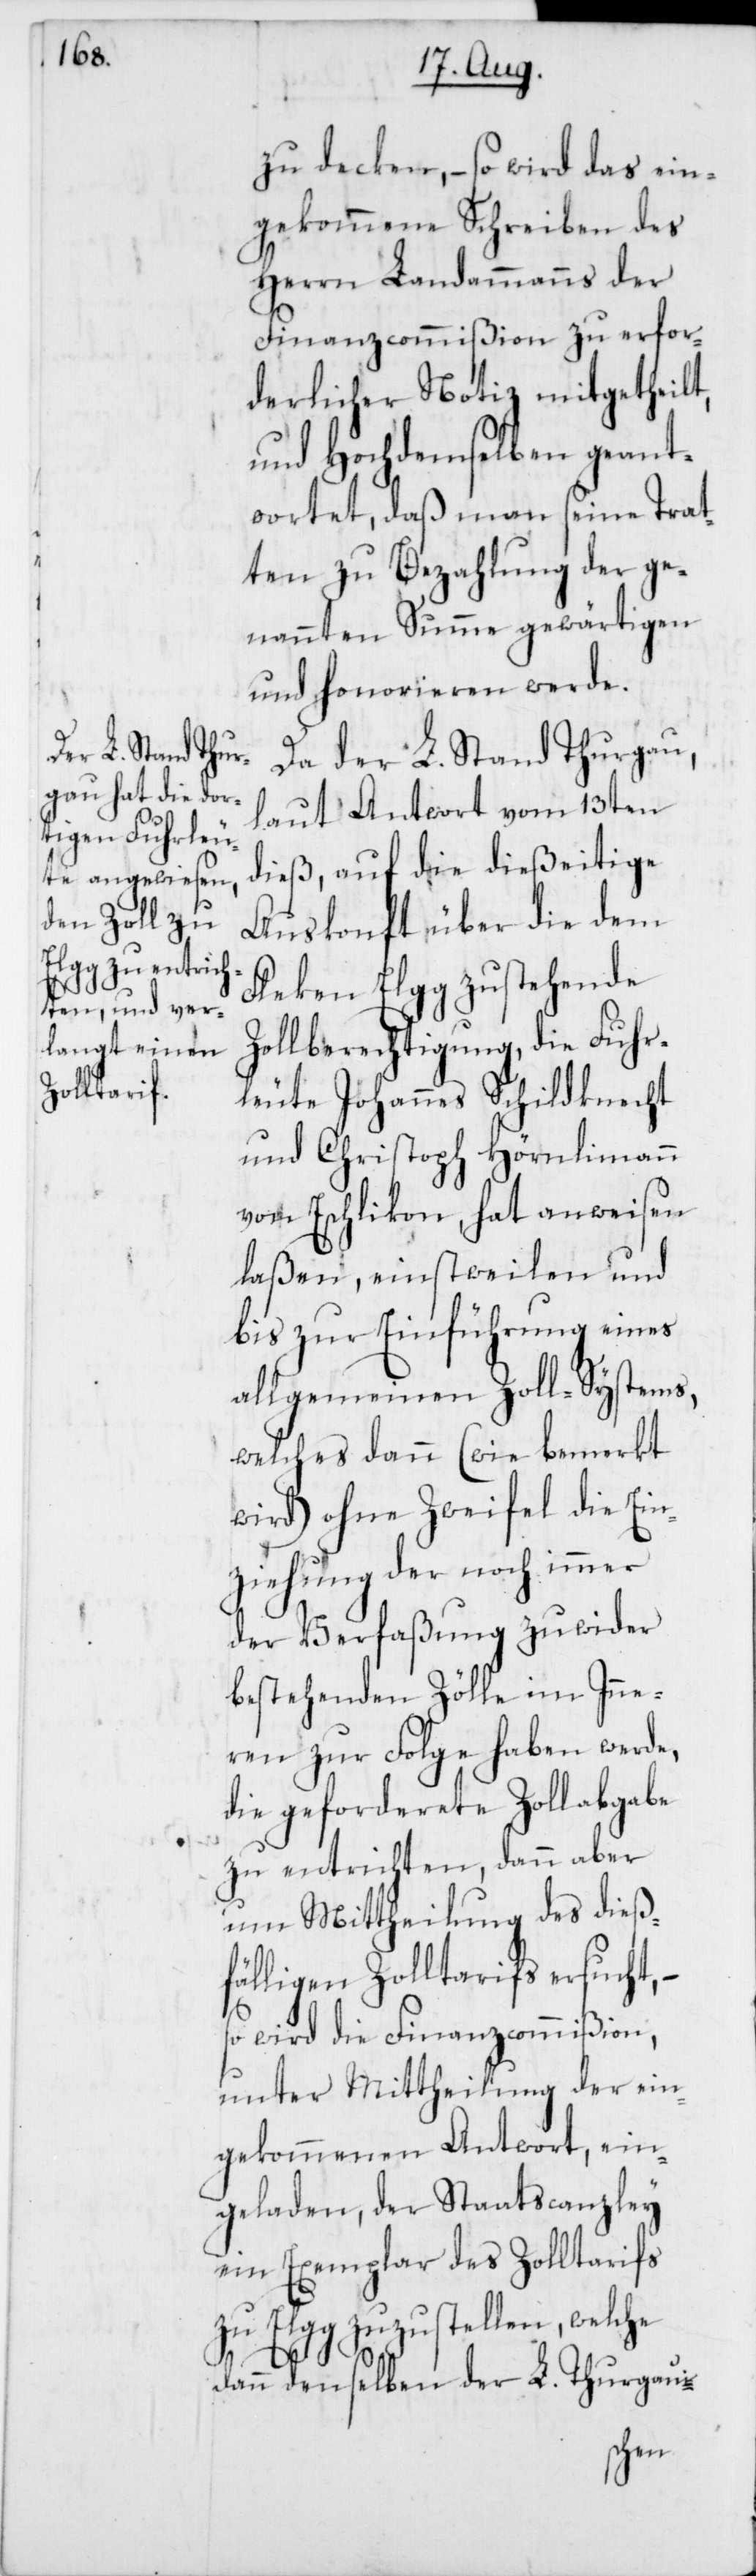
zu decken, – so wird das ein¬
gekommene Schreiben des
Herrn Landammanns der
Finanzcommißion zu erfor¬
derlicher Notiz mitgetheilt,
und Hochdemselben geant¬
wortet, daß man seine Trat¬
ten zu Bezahlung der ge¬
nannten Summe gewärtigen
und honorieren werde.
Da der L. Stand Thurgau,
laut Antwort vom 13ten
dieß, auf die dießeitige
Auskonft über die dem
Fleken Elgg zustehende
Zollberechtigung, die Fuhr¬
leute Johannes Schildknecht
und Christoph Hörnlimann
von Eschlikon, hat anweisen
laßen, einstweilen und
bis zur Einführung eines
allgemeinen Zoll-Systems,
welches dann (wie bemerkt
wird) ohne Zweifel die Ein¬
ziehung der noch immer
der Verfaßung zuwider
bestehenden Zölle im Inne¬
ren zur Folge haben werde,
die geforderete Zollabgabe
zu entrichten, dann aber
um Mittheilung des dieß¬
fälligen Zolltarifs ersucht, –
so wird die Finanzcommißion,
unter Mittheilung der ein¬
gekommenen Antwort, ein¬
geladen, der Staatscanzley
ein Exemplar des Zolltarifs
zu Elgg zuzustellen, welche
dann denselben der L. Thurgaui-